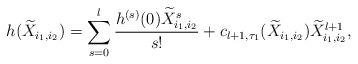
LaTeX: \begin{align*}h(\widetilde{X}_{i_1,i_2})=\sum^{l}_{s=0}\frac{h^{(s)}(0)\widetilde{X}_{i_1,i_2}^s}{s!}+c_{l+1,\tau_1}(\widetilde{X}_{i_1,i_2})\widetilde{X}_{i_1,i_2}^{l+1},\end{align*}